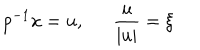
p ^ { - 1 } x = u , \frac { u } { \mid u \mid } = \xi